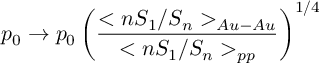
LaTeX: p _ { 0 } \rightarrow p _ { 0 } \left( \frac { < n S _ { 1 } / S _ { n } > _ { A u - A u } } { < n S _ { 1 } / S _ { n } > _ { p p } } \right) ^ { 1 / 4 }